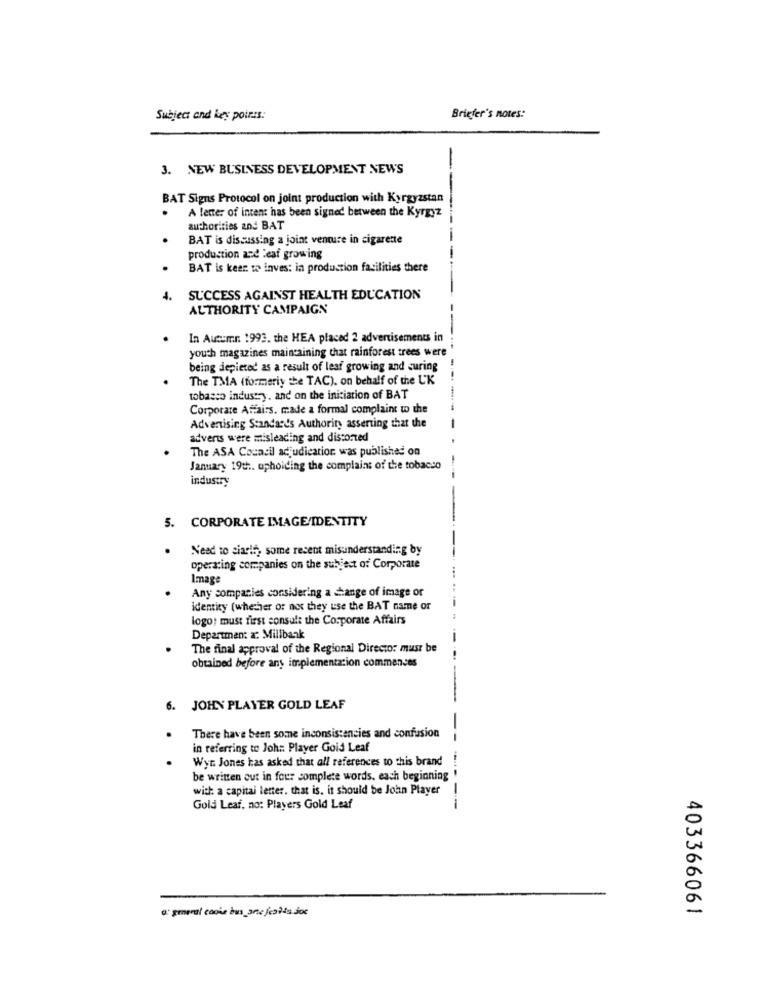
Subject and key poires:
Briefer's notes:
3. NEW BUSINESS DEVELOPMENT NEWS
BAT Signs Protocol on joint production with Kyrgyzstan
A letter of intent has been signed between the Kyrgyz
authorities and BAT
BAT is discussing a joint venture in cigarette
------
production and leaf growing
BAT is keer. to inves: in production facilities there
4.
SUCCESS AGAINST HEALTH EDUCATION
AUTHORITY CAMPAIGN
In Autumn. 1993. the HEA placed 2 advertisements in
youth magazines maintaining that rainforest trees were
--
being depicted as a result of leaf growing and curing
The TMA (formerly the TAC). on behalf of the UK
tobasso industry. and on the initiation of BAT
Corporate Affairs. made a formal complaint to the
Advertising Standards Authority asserting that the
advents were misleading and distorted
The ASA Council adjudication was published on
January 19th. upholding the complaint of the tobacco
industry
5. CORPORATE IMAGE/IDENTITY
Need to siaris, some recent misunderstanding by
operating companies on the subject of Corporate
Image
Any companies considering a change of image or
Identity (whether or not they use the BAT name or
logo: must first consult the Corporate Affairs
Department a: Millbank
The final approval of the Regional Director must be
obtained before any implementation commences
6. JOHN PLAYER GOLD LEAF
.
There have been some inconsistencies and confusion
in referring to John: Player Gold Leaf
Wyr. Jones has asked that all references to this brand
be written out in four complete words, each beginning
with: a capital letter. that is. it should be John Player
Gold Leaf, no: Players Gold Leaf
---
a general conie bus_ana jestés doc
403366061